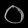
Digit: ၀